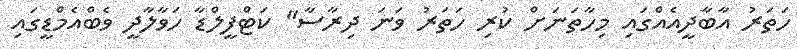
ހަތަރު އާބާދީއެއްގައި މިހާތަނަށް ކުރި ހަތަރު ވަނަ ދިރާސާ" ކަޓްފީލްޑާ ހަވާލާދީ ވެބްއެމްޑީގައި